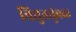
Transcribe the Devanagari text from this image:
विद्युतचुंबक